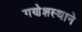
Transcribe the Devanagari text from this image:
गणेशस्थाने